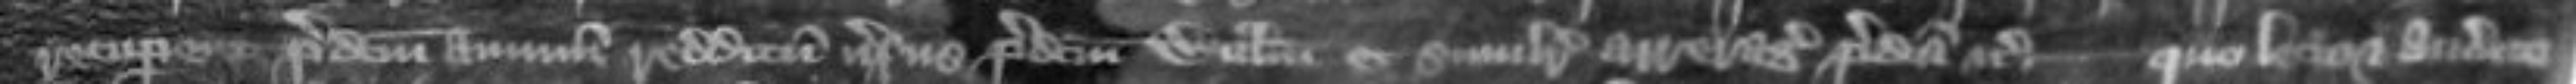
recuperent predictum annuum redditum versus predictum Willelmum et similiter arreragia predicta etc -- Quo lecto et audito